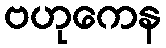
ဗဟုကေန